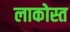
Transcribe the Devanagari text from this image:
लाकोस्त